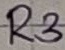
Text: R3